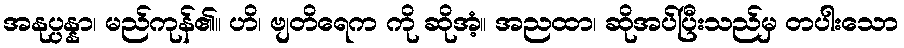
အနုပ္ပန္နာ၊ မည်ကုန်၏။ ဟိ၊ ဗျတိရေက ကို ဆိုအံ့။ အညထာ၊ ဆိုအပ်ပြီးသည်မှ တပါးသော